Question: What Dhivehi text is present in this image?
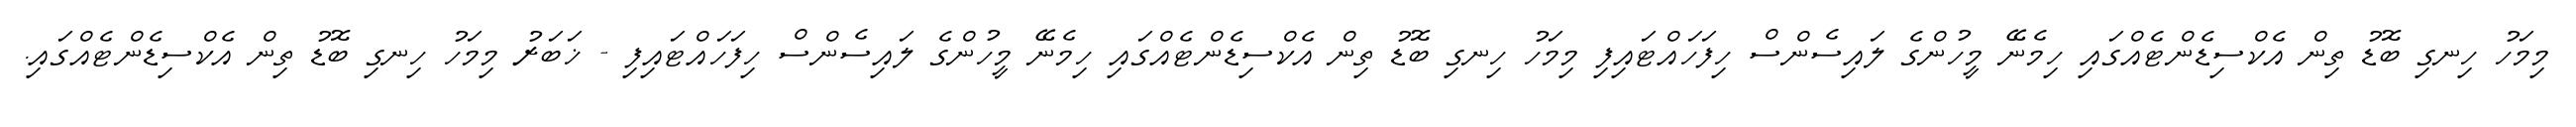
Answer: މިމަހު ހިނގި ބޮޑު ތިން އެކްސިޑެންޓެއްގައި ހިމެނޭ މީހުންގެ ލައިސެންސް ހިފަހައްޓައިފި މިމަހު ހިނގި ބޮޑު ތިން އެކްސިޑެންޓެއްގައި ހިމެނޭ މީހުންގެ ލައިސެންސް ހިފަހައްޓައިފި - ޚަބަރު މިމަހު ހިނގި ބޮޑު ތިން އެކްސިޑެންޓެއްގައި.